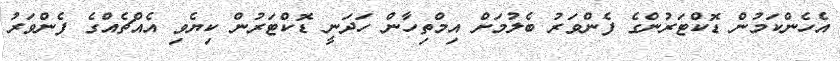
އެހެންކަމުން ޑޮކްޓަރުންގެ ފެންވަރު ބެލުމަށް އިމްތިހާން ހަދަނީ ޑޮކްޓަރުން ކިޔެވި އެއްޗެއްގެ ފެންވަރު